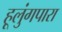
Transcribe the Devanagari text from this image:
हूलुंगपारा